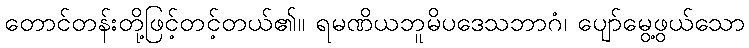
တောင်တန်းတို့ဖြင့်တင့်တယ်၏။ ရမဏိယဘူမိပဒေသဘာဂံ၊ ပျော်မွေ့ဖွယ်သော